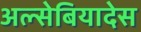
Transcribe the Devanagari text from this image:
अल्सेबियादेस